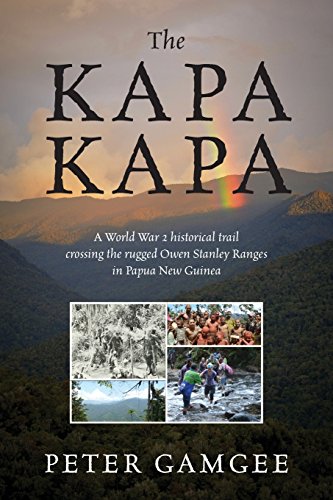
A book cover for The Kapa Kapa: A World War 2 historical trail crossing the rugged Owen Stanley Ranges in Papua New Guinea; Peter Gamgee; Travel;